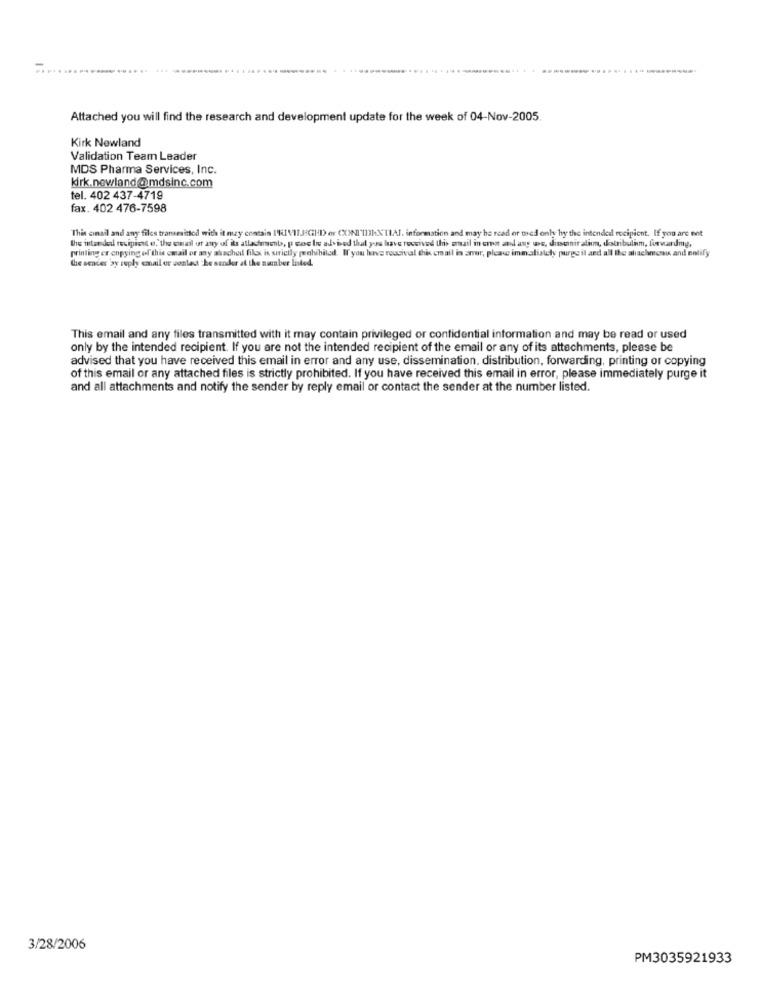
Attached you will find the research and development update for the week of 04-Nov-2005.
Kirk Newland
Validation Team Leader
MDS Pharma Services, Inc.
kirk.newland@mdsinc.com
tel. 402 437-4719
fax. 402 476-7598
"This cinail and any files transmitted with it may contain I'RIVIIJGHD or (XXINI'IDIXTIAL. information and may be read or ted only hy the intended recipient. If you are not
the intended recipient e.'the email or any of its alladeent, pene tre adsbed that you have received this mail in one and any we, diemir alim, distribulim, forwardmy,
printing or copying of this email or any alached fils is strictly prohibited. If you have rossival this email in aner, please immatislely purge il and all the aluachmea and notify
the sender by reply email or contact the sender at the number listed.
This email and any files transmitted with it may contain privileged or confidential information and may be read or used
only by the intended recipient. If you are not the intended recipient of the email or any of its attachments, please be
advised that you have received this email in error and any use, dissemination, distribution, forwarding, printing or copying
of this email or any attached files is strictly prohibited. If you have received this email in error, please immediately purge it
and all attachments and notify the sender by reply email or contact the sender at the number listed.
3/28/2006
PM3035921933